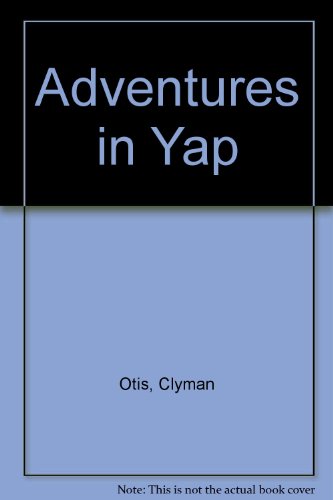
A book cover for Adventures in Yap; Clyman Otis; Travel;